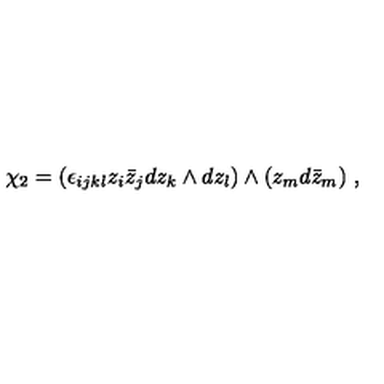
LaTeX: \chi _ { 2 } = ( \epsilon _ { i j k l } z _ { i } \bar { z } _ { j } d z _ { k } \wedge d z _ { l } ) \wedge ( z _ { m } d \bar { z } _ { m } ) \ ,